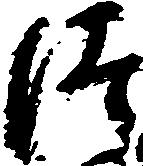
つ